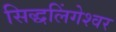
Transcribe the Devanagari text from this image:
सिद्धलिंगेश्वर